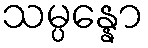
သမ္ပန္နော